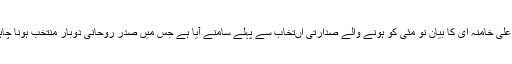
آیت اللہ علی خامنہ ای کا بیان نو مئی کو ہونے والے صدارتی اںتخاب سے پہلے سامنے آیا ہے جس میں صدر روحانی دوبار منتخب ہونا چاہتے ہیں۔